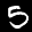
Label: 5